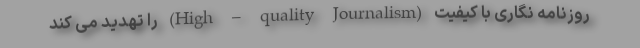
روزنامه نگاری با کیفیت (High – quality Journalism) را تهدید می کند